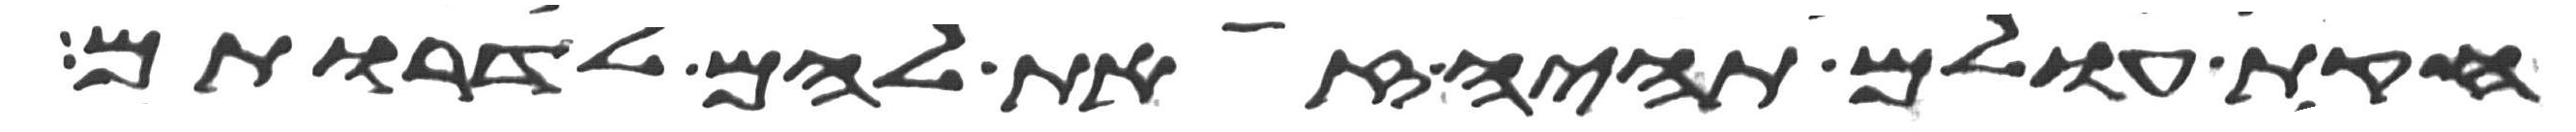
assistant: חקות עולם תהיה זאת להם לדרותם